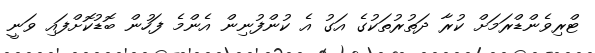
ޓްރިވެންޑްރަމަށް ކުރާ ދަތުރުތަކުގެ އަގު އެ ކުންފުނިން އެންމެ ފަހުން ބޮޑުކޮށްފައި ވަނީ